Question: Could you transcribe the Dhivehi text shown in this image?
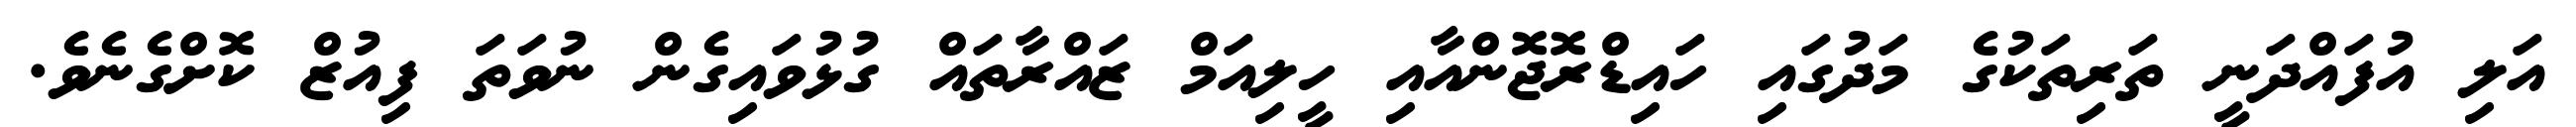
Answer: އަލި އުފައްދަނީ ތަރިތަކުގެ މަދުގައި ހައިޑްރޮޖޮންއާއި ހީލިއަމް ޒައްރާތައް ގުޅުވައިގެން ނުވަތަ ފިއުޒް ކޮށްގެނެވެ.